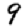
Digit: 9